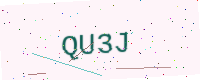
Text: QU3J